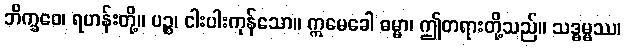
ဘိက္ခဝေ၊ ရဟန်းတို့။ ပဉ္စ၊ ငါးပါးကုန်သော။ ဣမေခေါ ဓမ္မာ၊ ဤတရားတို့သည်။ သဒ္ဓမ္မဿ၊